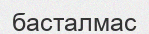
басталмас